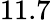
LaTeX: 11.7